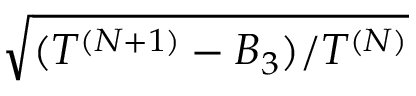
\sqrt { ( T ^ { ( N + 1 ) } - B _ { 3 } ) / T ^ { ( N ) } }